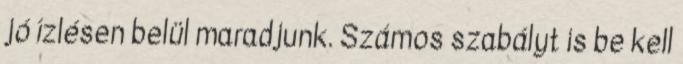
jó ízlésen belül maradjunk. Számos szabályt is be kell